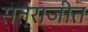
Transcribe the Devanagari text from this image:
सत्राजीत